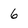
Character: 6